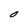
Character: O